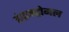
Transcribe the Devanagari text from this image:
इंट्रास्ट्रोमल